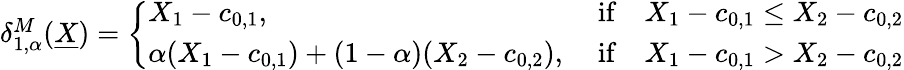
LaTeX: \begin{array}{r}{\delta_{1,\alpha}^{M}(\underline{{X}})=\left\{ \begin{array}{ll}{X_{1}-c_{0,1},}&{\mathrm{~if}\quad X_{1}-c_{0,1}\leq X_{2}-c_{0,2}}\\ {\alpha(X_{1}-c_{0,1})+(1-\alpha)(X_{2}-c_{0,2}),}&{\mathrm{~if}\quad X_{1}-c_{0,1}>X_{2}-c_{0,2}}\end{array}\right.}\end{array}